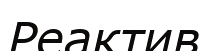
Реактив